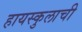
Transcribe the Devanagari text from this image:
हायस्कुलाची